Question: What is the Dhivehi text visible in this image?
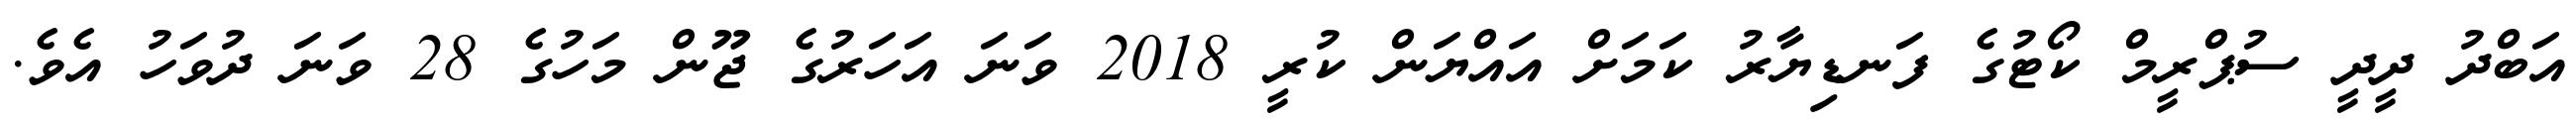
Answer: އަބްދު ދީދީ ސުޕްރީމް ކޯޓުގެ ފަނޑިޔާރު ކަމަށް އައްޔަން ކުރީ 2018 ވަނަ އަހަރުގެ ޖޫން މަހުގެ 28 ވަނަ ދުވަހު އެވެ.